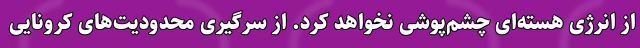
از انرژی هسته‌ای چشم‌پوشی نخواهد کرد. از سرگیری محدودیت‌های کرونایی